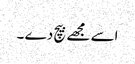
اسے مجھے بیچ دے ۔